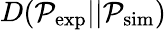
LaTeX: D(\mathcal{P}_{\mathrm{exp}}||\mathcal{P}_{\mathrm{sim}})